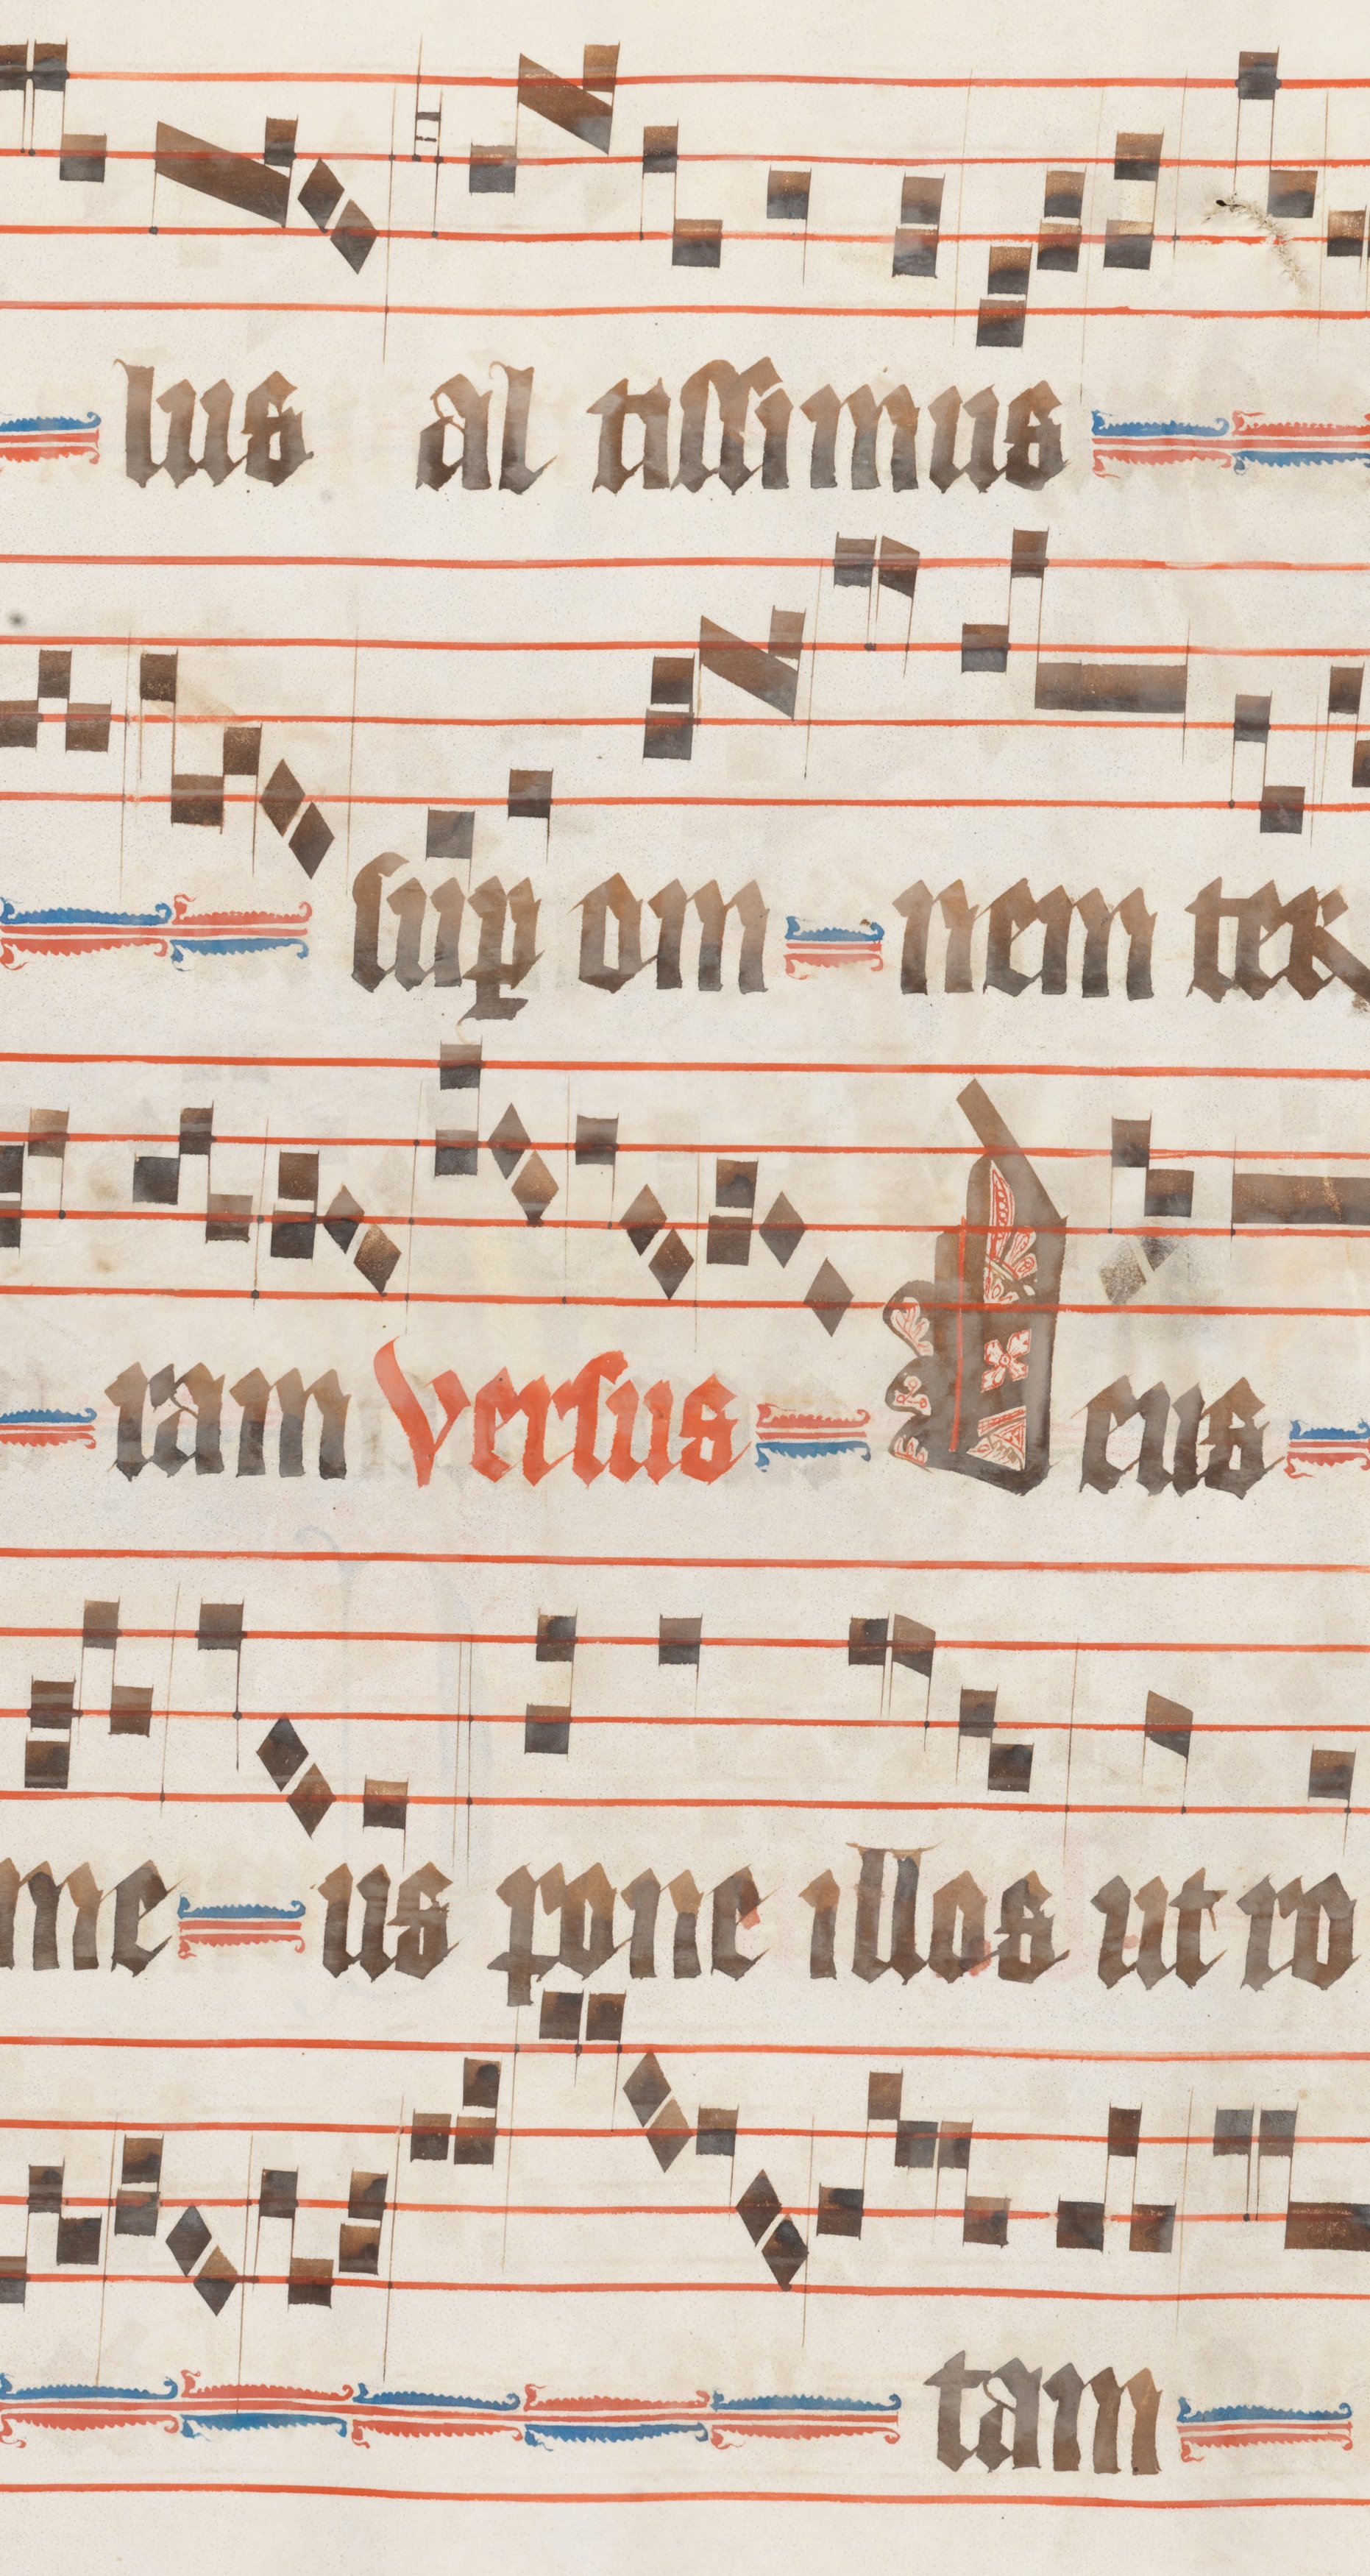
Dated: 1330–1335